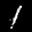
Label: 1